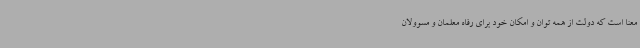
معنا است که دولت از همه توان و امکان خود برای رفاه معلمان و مسوولان